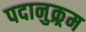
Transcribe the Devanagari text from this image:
पदानुक्र्रम